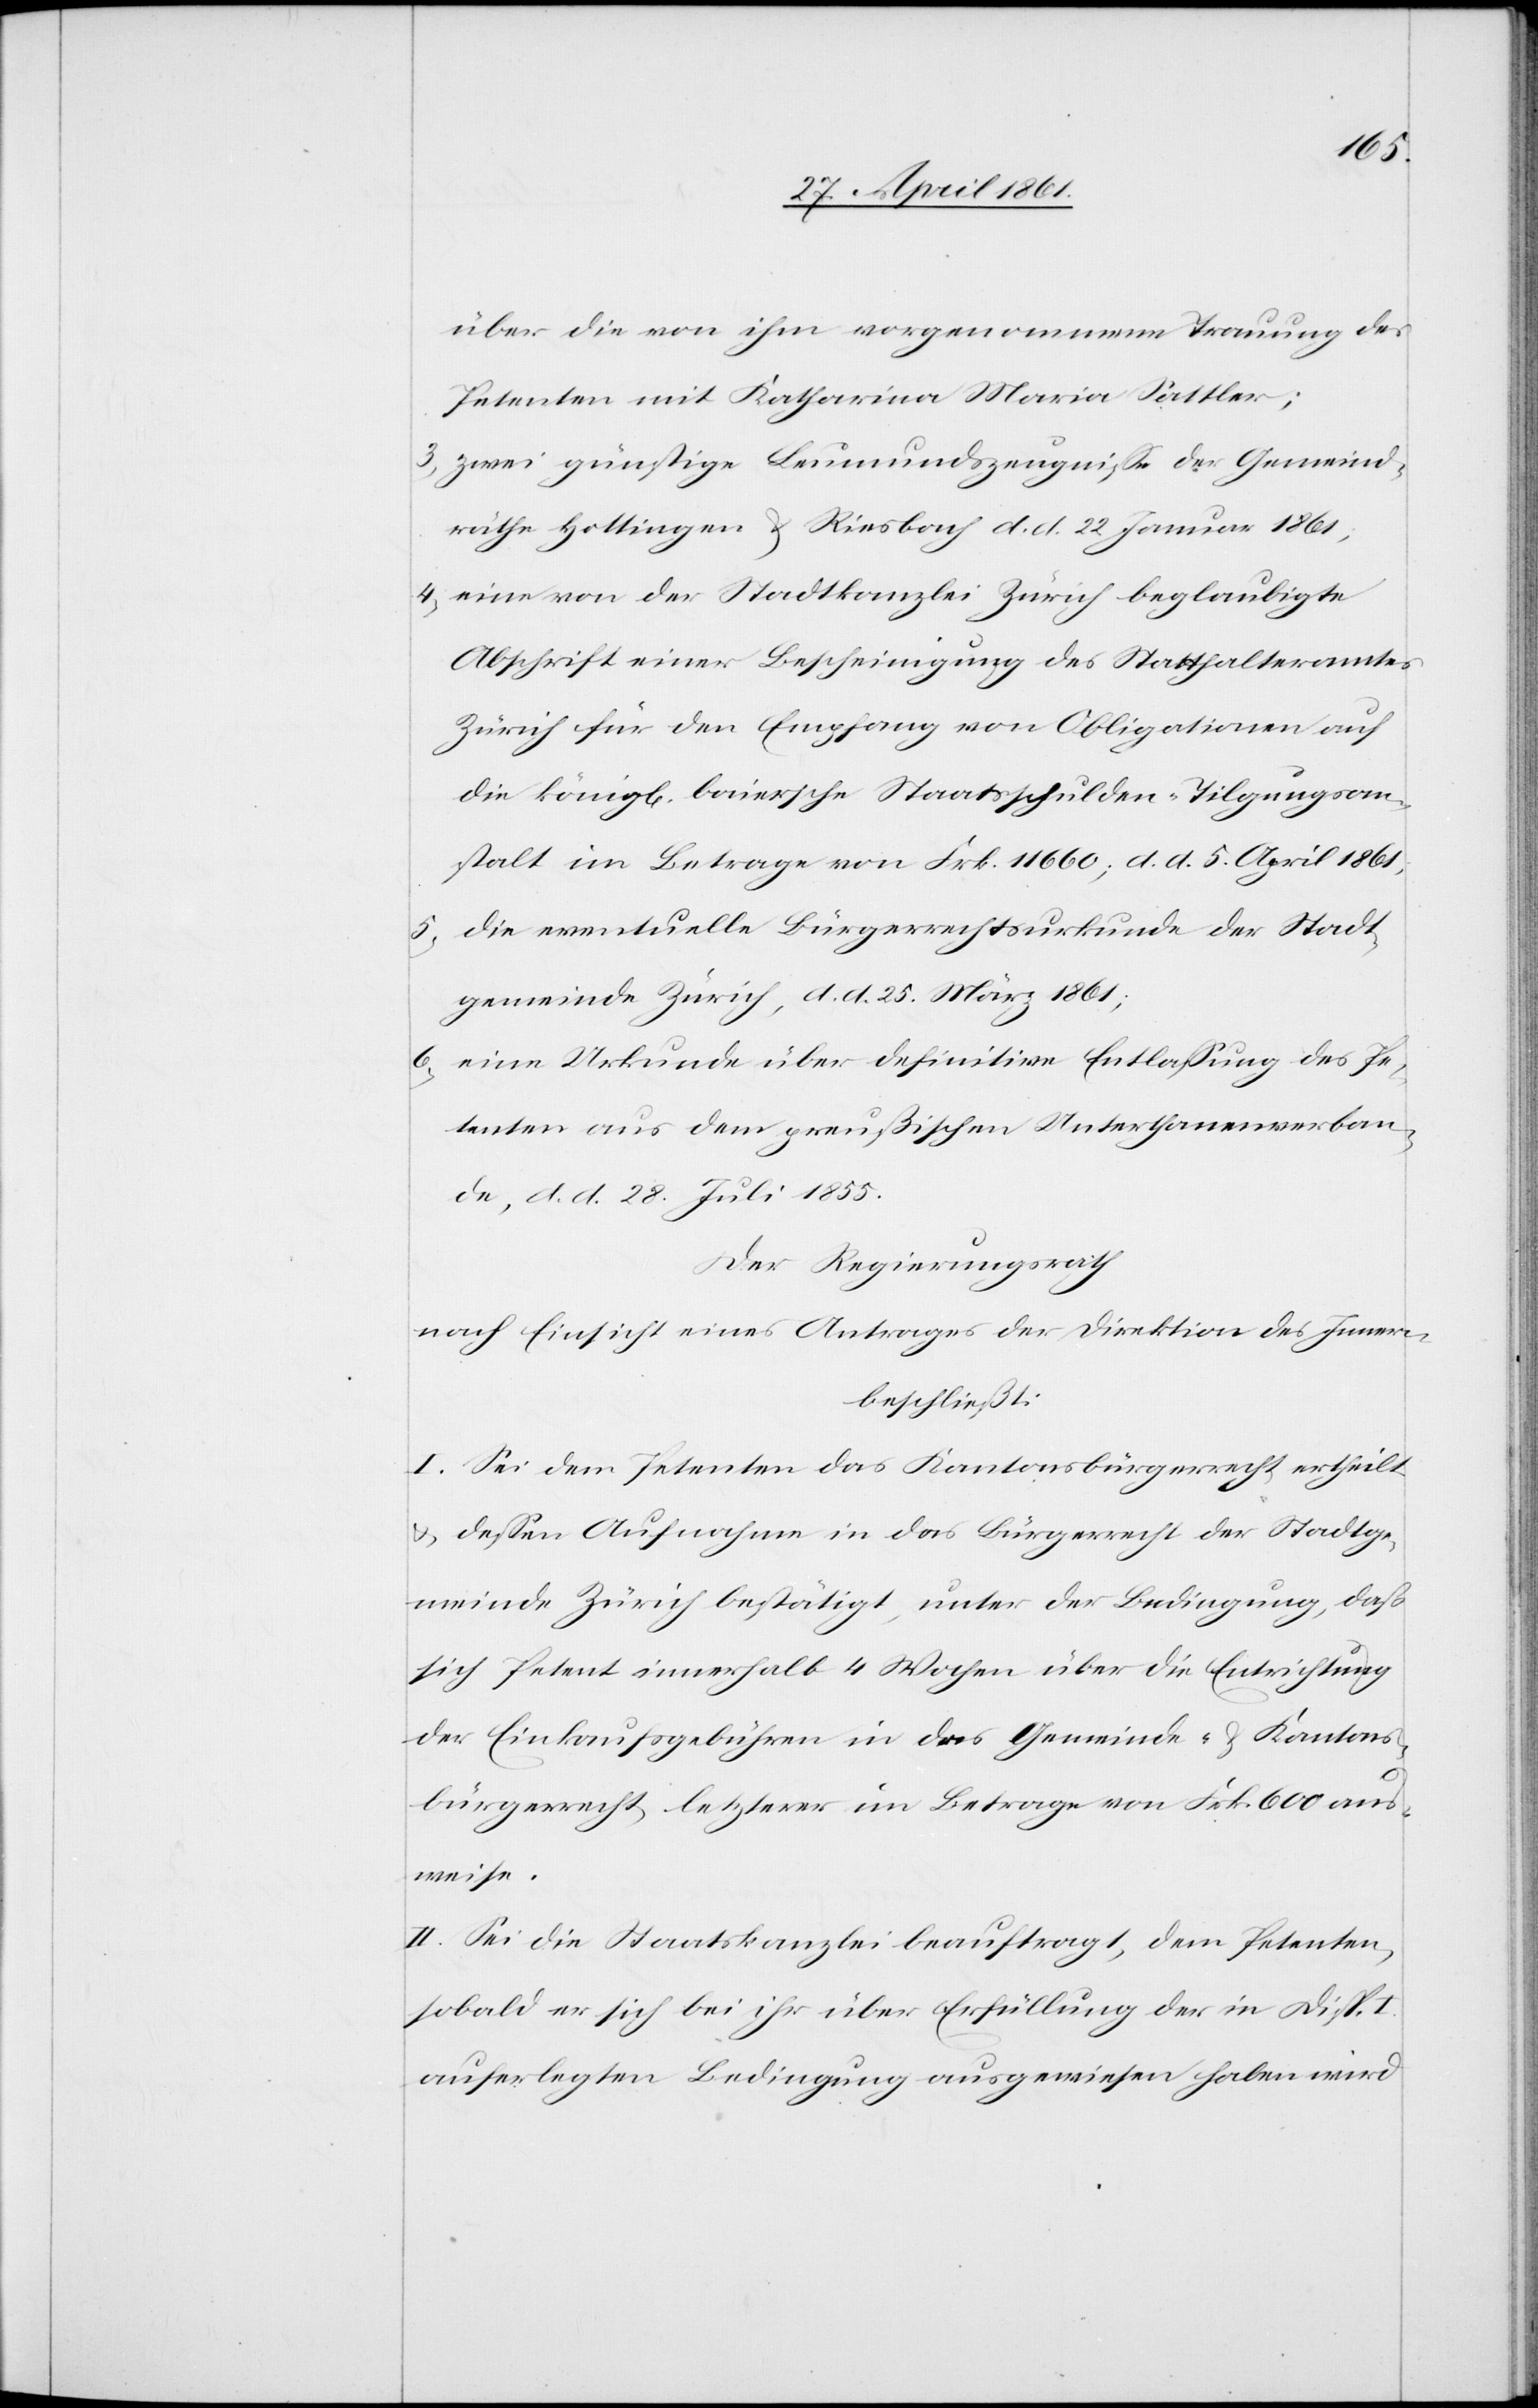
über die von ihm vorgenommene Trauung des
Petenten mit Katharina Maria Sattler;
3) zwei günstige Leumundszeugnisse der Gemeind¬
räthe Hottingen u. Riesbach d. d. 22. Januar 1861;
4) eine von der Staatkanzlei Zürich beglaubigte
Abschrift einer Bescheinigung des Statthalteramtes
Zürich für den Empfang von Obligationen auf
die könig[lich] baiersche Staatsschulden-Tilgungsan¬
stalt im Betrage von Frk. 11 660, d. d. 5. April 1861,
5) die eventuelle Bürgerrechtsurkunde der Stadt¬
gemeinde Zürich, d. d. 25. März 1861;
6) eine Urkunde über definitive Entlassung des Pe¬
tenten aus dem preußischen Unterthanenverban¬
de, d. d. 28. Juli 1855.
Der Regierungsrath
nach Einsicht eines Antrages der Direktion des Innern,
beschließt:
I. Sei dem Petenten das Kantonsbürgerrecht ertheilt
u. dessen Aufnahme in das Bürgerrecht der Stadtge¬
meinde Zürich bestätigt, unter der Bedingung, daß
sich Petent innerhalb 4 Wochen über die Entrichtung
der Einkaufsgebühren in das Gemeinde- u. Kantons¬
bürgerrecht, letzterer im Betrage von Frk. 600 aus¬
weise.
II. Sei die Staatskanzlei beauftragt, dem Petenten,
sobald er sich bei ihr über Erfüllung der in Disp.
auferlegten Bedingung ausgewiesen haben wird.